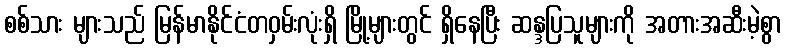
စစ်သား များသည် မြန်မာနိုင်ငံတဝှမ်းလုံးရှိ မြို့များတွင် ရှိနေပြီး ဆန္ဒပြသူများကို အတားအဆီးမဲ့စွာ